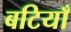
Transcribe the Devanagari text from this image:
बटियाँ